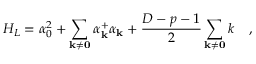
H _ { L } = \alpha _ { 0 } ^ { 2 } + \sum _ { \bf { k \neq 0 } } \alpha _ { \bf k } ^ { + } \alpha _ { \bf k } + \frac { D - p - 1 } { 2 } \sum _ { \bf { k \neq 0 } } k \quad ,